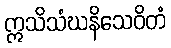
ဣသိသံဃနိသေဝိတံ